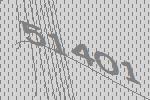
51401